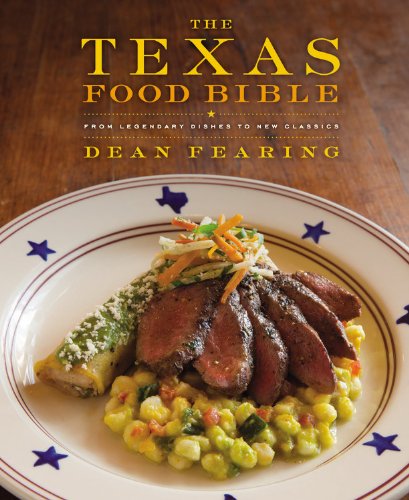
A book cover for The Texas Food Bible: From Legendary Dishes to New Classics; Dean Fearing; Cookbooks, Food & Wine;